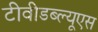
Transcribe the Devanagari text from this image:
टीवीडब्ल्यूएस